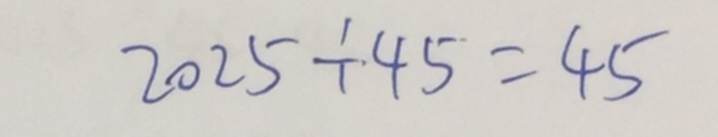
2 0 2 5 \div 4 5 = 4 5